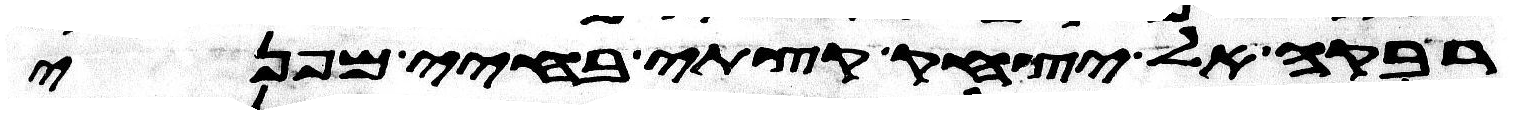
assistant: רבקה אל יצחק קצתי בחיי מפני